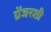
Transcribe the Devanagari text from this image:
ग्रेंजरशी